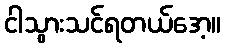
ငါသွားသင်ရတယ်အေ့။